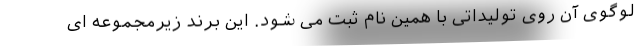
لوگوی آن روی تولیداتی با همین نام ثبت می شود. این برند زیرمجموعه ای